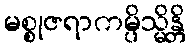
မစ္စုဇရာကမ္ပိသ္မိန္တိ